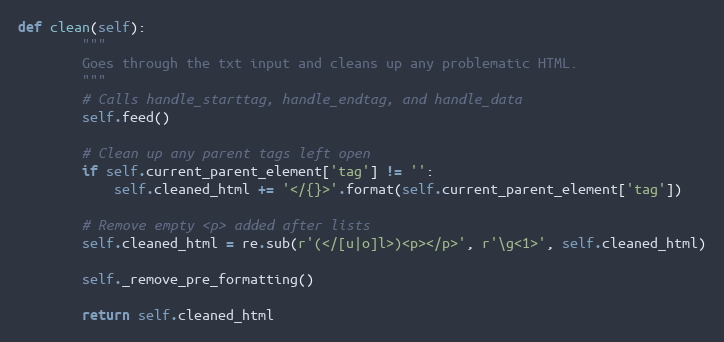
Language: Python
def clean(self):
        """
        Goes through the txt input and cleans up any problematic HTML.
        """
        # Calls handle_starttag, handle_endtag, and handle_data
        self.feed()

        # Clean up any parent tags left open
        if self.current_parent_element['tag'] != '':
            self.cleaned_html += '</{}>'.format(self.current_parent_element['tag'])

        # Remove empty <p> added after lists
        self.cleaned_html = re.sub(r'(</[u|o]l>)<p></p>', r'\g<1>', self.cleaned_html)

        self._remove_pre_formatting()

        return self.cleaned_html